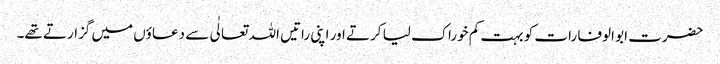
حضرت ابو الوفا رات کو بہت کم خوراک لیا کرتے اور اپنی راتیں اللہ تعالٰی سے دعاؤں میں گزارتے تھے۔